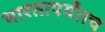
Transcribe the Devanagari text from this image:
भारतापर्यंतच